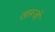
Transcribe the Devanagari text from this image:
खरूजी